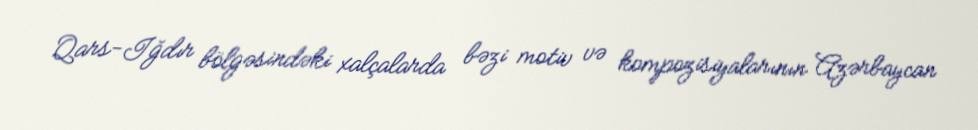
Qars-Iğdır bölgəsindəki xalçalarda bəzi motiv və kompozisiyalarının Azərbaycan